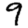
Digit: 9